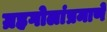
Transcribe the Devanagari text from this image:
ग्रहगोलांप्रमाणे